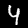
Digit: 4